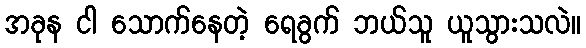
အခုန ငါ သောက်နေတဲ့ ရေခွက် ဘယ်သူ ယူသွားသလဲ။